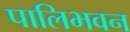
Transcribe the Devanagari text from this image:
पालिभवन